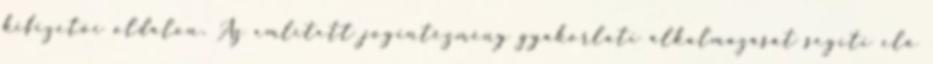
kifizetői oldalon. Az említett jogintézmény gyakorlati alkalmazását segíti elő